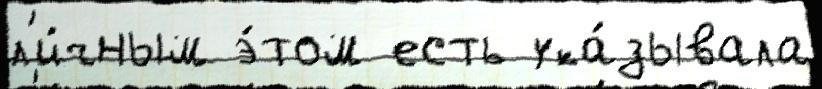
л'и́чным э́том есть ука́зывала